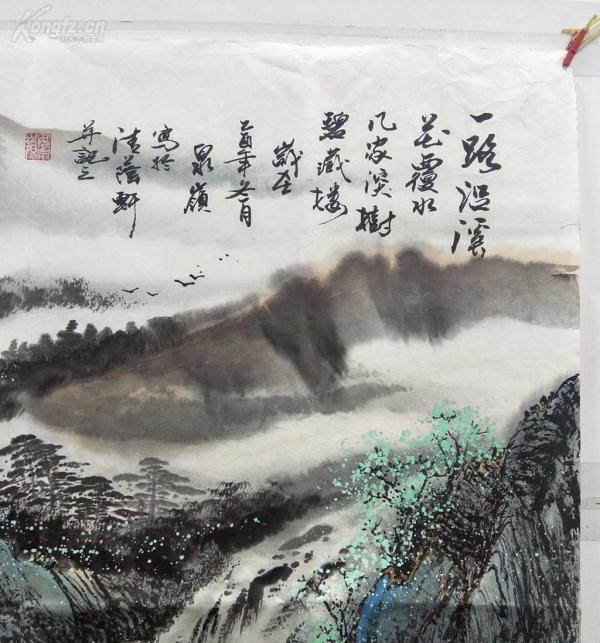
兼听之明，而无矜奋之容有兼覆之厚，而无伐德之色。